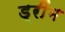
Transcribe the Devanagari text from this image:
ड्रींम